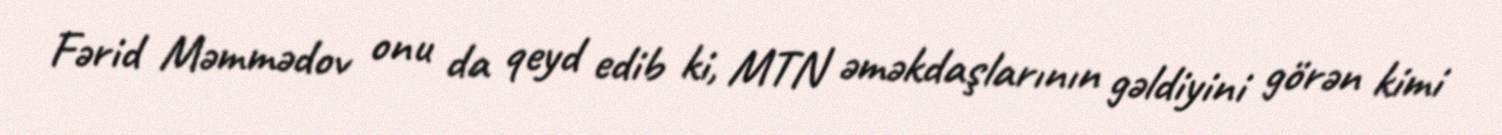
Fərid Məmmədov onu da qeyd edib ki, MTN əməkdaşlarının gəldiyini görən kimi